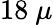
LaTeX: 18~\mu